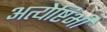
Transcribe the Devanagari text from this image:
अत्येष्टिभी